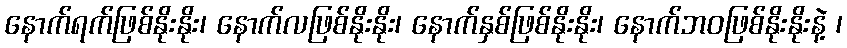
နောက်ရက်ဖြစ်နိုးနိုး၊ နောက်လဖြစ်နိုးနိုး၊ နောက်နှစ်ဖြစ်နိုးနိုး၊ နောက်ဘဝဖြစ်နိုးနိုးနဲ့ ၊